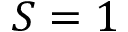
S = 1